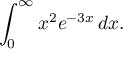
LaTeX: \int _ { 0 } ^ { \infty } x ^ { 2 } e ^ { - 3 x } \, d x .